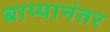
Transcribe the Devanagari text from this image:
बाप्पानंतर